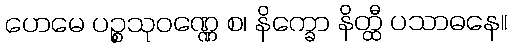
ဟေမေ ပဉ္စသုဝဏ္ဏေ စ၊ နိက္ခော နိတ္ထီ ပသာဓနေ။